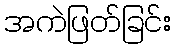
အကဲဖြတ်ခြင်း